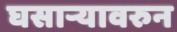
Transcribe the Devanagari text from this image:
घसाऱ्यावरुन